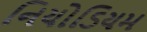
નિયોડિયમ